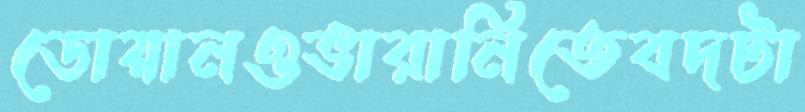
ডোয়ানওভারানিতেবদটা